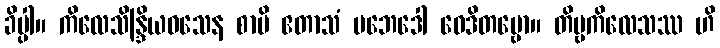
ခိပ္ပါ။ ကိလေသိန္ဒြိယဝသေန စာပိ ဧတာသံ ပဘေဒေါ ဝေဒိတဗ္ဗော။ တိဗ္ဗကိလေသဿ ဟိ